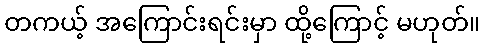
တကယ့် အကြောင်းရင်းမှာ ထို့ကြောင့် မဟုတ်။